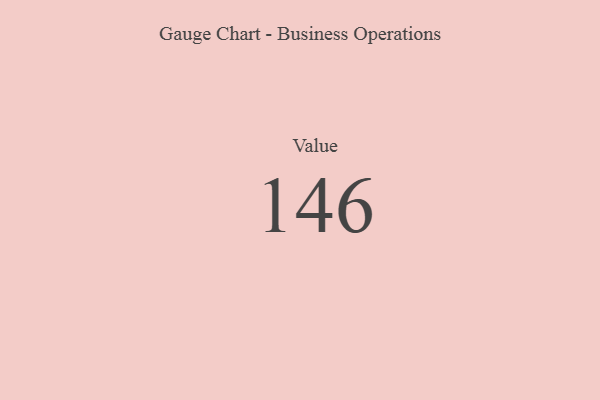
{"axis": {"x": "Metric", "y": "Value"}, "legend": [""], "data": [{"x": "Value", "y": 146, "type": ""}]}